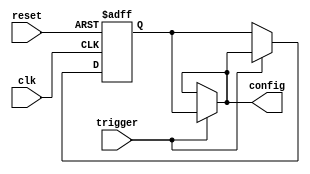
module Fallback_Bypass_Register(
    input wire clk,
    input wire reset,
    input wire trigger,
    output reg[7:0] config
);

reg[7:0] fallback_config;

always @(posedge clk or posedge reset) begin
    if (reset) begin
        fallback_config <= 8'b00000000;
    end else if (trigger) begin
        fallback_config <= config;
    end
end

assign config = trigger ? fallback_config : config;

endmodule